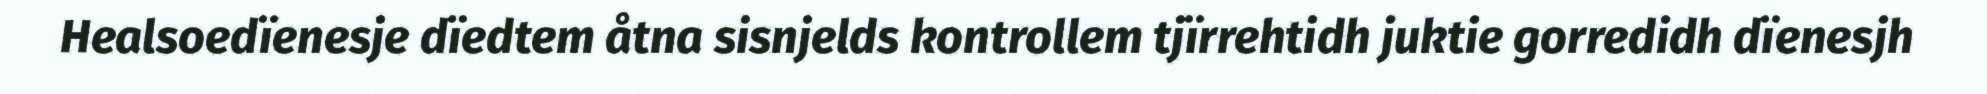
Healsoedïenesje dïedtem åtna sisnjelds kontrollem tjïrrehtidh juktie gorredidh dïenesjh